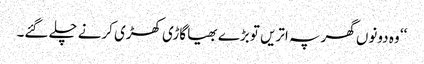
‘‘ وہ دونوں گھر پہ اتریں تو بڑے بھیا گاڑی کھڑی کرنے چلے گئے۔